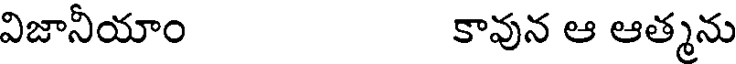
విజానీయాం కావున ఆ ఆత్మను